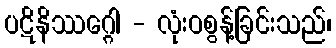
ပဋိနိဿဂ္ဂေါ - လုံးဝစွန့်ခြင်းသည်၊